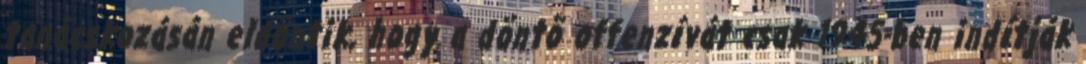
tanácskozásán eldöntik, hogy a döntõ offenzívát csak 1945-ben indítják